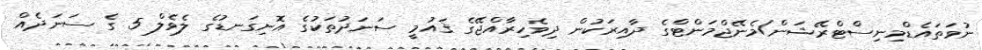
ނުވަތައެޑްމިނިސްޓްރޭޝަން/މެނޭޖްމަންޓްގެ ދާއިރަކުން ދިވެހިރާއްޖޭގެ ޤައުމީ ސަނަދުތަކުގެ އޮނިގަނޑުގެ ލެވެލް 5 ގެ ސަނަދެއް